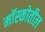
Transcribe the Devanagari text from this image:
मॉस्कोतील